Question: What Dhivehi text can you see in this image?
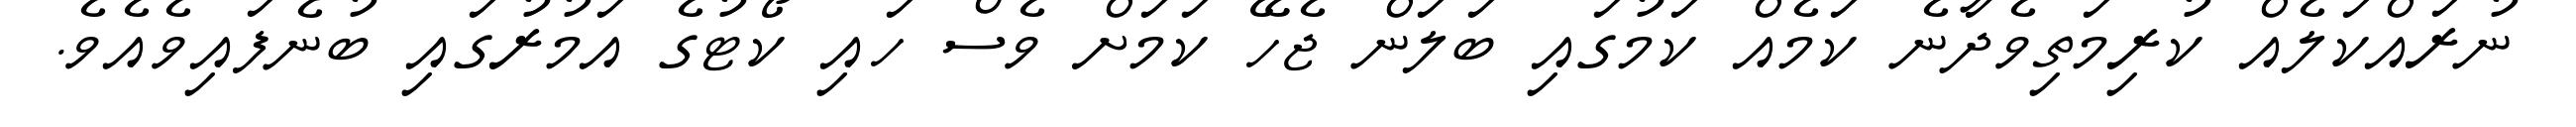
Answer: ނުރައްކަލެއް ކުރިމަތިވެދާނެ ކަމެއް ކަމުގައި ބަލަން ޖެހޭ ކަމަށް ވެސް ހައި ކޯޓުގެ އަމުރުގައި ބުނެފައިވެއެވެ.